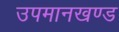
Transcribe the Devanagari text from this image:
उपमानखण्ड